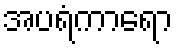
အပရံကာရော